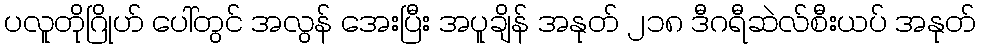
ပလူတိုဂြိုဟ် ပေါ်တွင် အလွန် အေးပြီး အပူချိန် အနုတ် ၂၁၈ ဒီဂရီဆဲလ်စီးယပ် အနုတ်